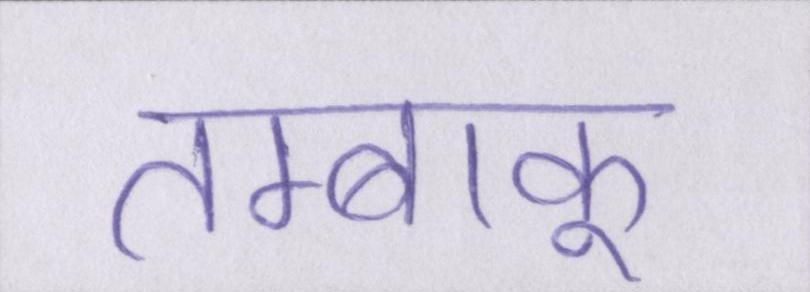
तम्बाकू